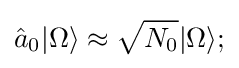
{\hat {a}}_{0}|\Omega \rangle \approx {\sqrt {N_{0}}}|\Omega \rangle ;